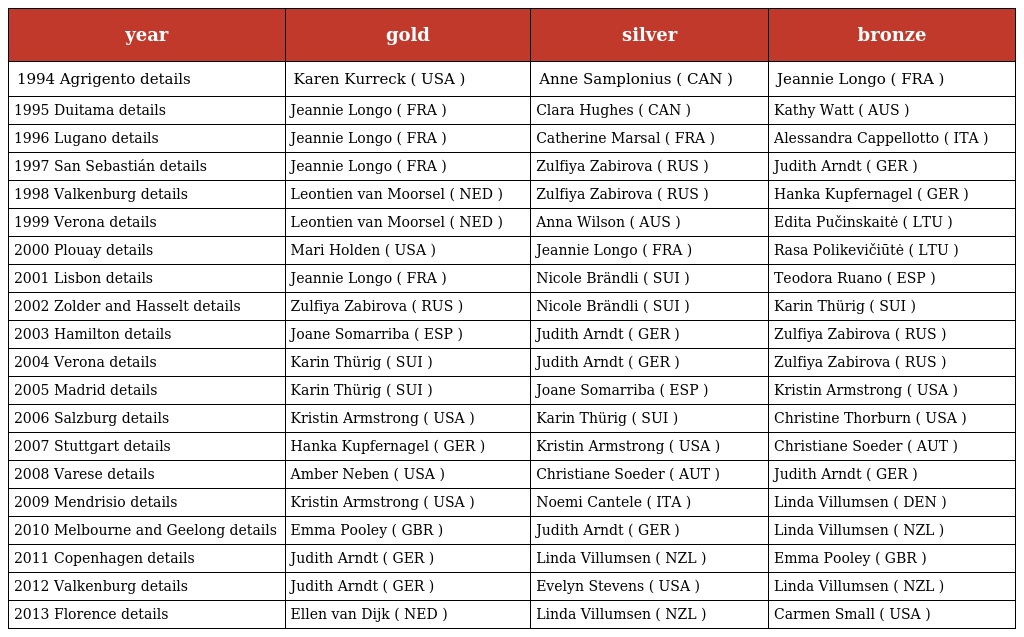
| year | gold | silver | bronze |
 | --- | --- | --- | --- |
 | 1994 Agrigento details | Karen Kurreck ( USA ) | Anne Samplonius ( CAN ) | Jeannie Longo ( FRA ) |
 | 1995 Duitama details | Jeannie Longo ( FRA ) | Clara Hughes ( CAN ) | Kathy Watt ( AUS ) |
 | 1996 Lugano details | Jeannie Longo ( FRA ) | Catherine Marsal ( FRA ) | Alessandra Cappellotto ( ITA ) |
 | 1997 San Sebastián details | Jeannie Longo ( FRA ) | Zulfiya Zabirova ( RUS ) | Judith Arndt ( GER ) |
 | 1998 Valkenburg details | Leontien van Moorsel ( NED ) | Zulfiya Zabirova ( RUS ) | Hanka Kupfernagel ( GER ) |
 | 1999 Verona details | Leontien van Moorsel ( NED ) | Anna Wilson ( AUS ) | Edita Pučinskaitė ( LTU ) |
 | 2000 Plouay details | Mari Holden ( USA ) | Jeannie Longo ( FRA ) | Rasa Polikevičiūtė ( LTU ) |
 | 2001 Lisbon details | Jeannie Longo ( FRA ) | Nicole Brändli ( SUI ) | Teodora Ruano ( ESP ) |
 | 2002 Zolder and Hasselt details | Zulfiya Zabirova ( RUS ) | Nicole Brändli ( SUI ) | Karin Thürig ( SUI ) |
 | 2003 Hamilton details | Joane Somarriba ( ESP ) | Judith Arndt ( GER ) | Zulfiya Zabirova ( RUS ) |
 | 2004 Verona details | Karin Thürig ( SUI ) | Judith Arndt ( GER ) | Zulfiya Zabirova ( RUS ) |
 | 2005 Madrid details | Karin Thürig ( SUI ) | Joane Somarriba ( ESP ) | Kristin Armstrong ( USA ) |
 | 2006 Salzburg details | Kristin Armstrong ( USA ) | Karin Thürig ( SUI ) | Christine Thorburn ( USA ) |
 | 2007 Stuttgart details | Hanka Kupfernagel ( GER ) | Kristin Armstrong ( USA ) | Christiane Soeder ( AUT ) |
 | 2008 Varese details | Amber Neben ( USA ) | Christiane Soeder ( AUT ) | Judith Arndt ( GER ) |
 | 2009 Mendrisio details | Kristin Armstrong ( USA ) | Noemi Cantele ( ITA ) | Linda Villumsen ( DEN ) |
 | 2010 Melbourne and Geelong details | Emma Pooley ( GBR ) | Judith Arndt ( GER ) | Linda Villumsen ( NZL ) |
 | 2011 Copenhagen details | Judith Arndt ( GER ) | Linda Villumsen ( NZL ) | Emma Pooley ( GBR ) |
 | 2012 Valkenburg details | Judith Arndt ( GER ) | Evelyn Stevens ( USA ) | Linda Villumsen ( NZL ) |
 | 2013 Florence details | Ellen van Dijk ( NED ) | Linda Villumsen ( NZL ) | Carmen Small ( USA ) |